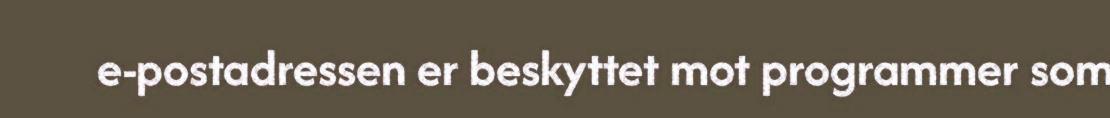
e-postadressen er beskyttet mot programmer som